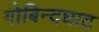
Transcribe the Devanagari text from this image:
गोबिन्दघाट